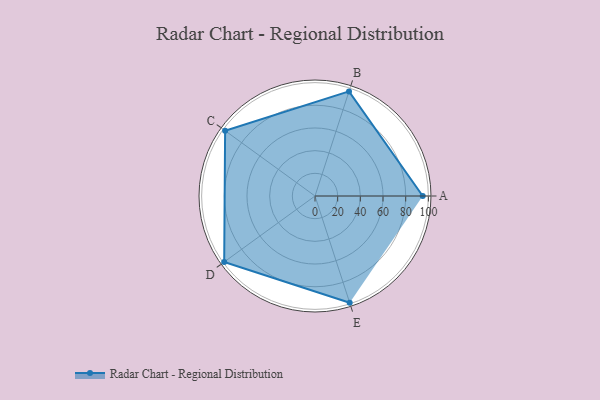
{"axis": {"x": "Skill", "y": "Score"}, "legend": ["Profile"], "data": [{"x": "A", "y": 95.0, "type": "Profile"}, {"x": "B", "y": 97.0, "type": "Profile"}, {"x": "C", "y": 98.0, "type": "Profile"}, {"x": "D", "y": 99, "type": "Profile"}, {"x": "E", "y": 99, "type": "Profile"}]}